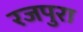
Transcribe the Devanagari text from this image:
रजपुरा